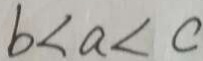
b < a < c